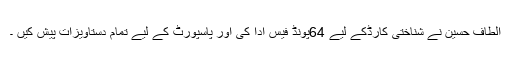
الطاف حسین نے شناختی کارڈکے لیے 64پونڈ فیس ادا کی اور پاسپورٹ کے لیے تمام دستاویزات پیش کیں ۔